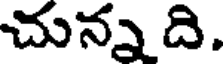
చున్న ది.